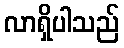
လာရှိပါသည်